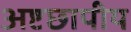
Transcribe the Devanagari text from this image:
अष्टछापीय